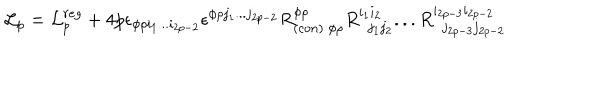
{ \cal L } _ { p } = { \cal L } _ { p } ^ { r e g } + 4 p \epsilon _ { \phi \rho i _ { 1 } . . . i _ { 2 p - 2 } } \epsilon ^ { \phi \rho j _ { 1 } . . . j _ { 2 p - 2 } } R _ { ( c o n ) \ \phi \rho } ^ { \phi \rho } R _ { \ \ j _ { 1 } j _ { 2 } } ^ { i _ { 1 } i _ { 2 } } . . . R _ { \ \ j _ { 2 p - 3 } j _ { 2 p - 2 } } ^ { i _ { 2 p - 3 } i _ { 2 p - 2 } }